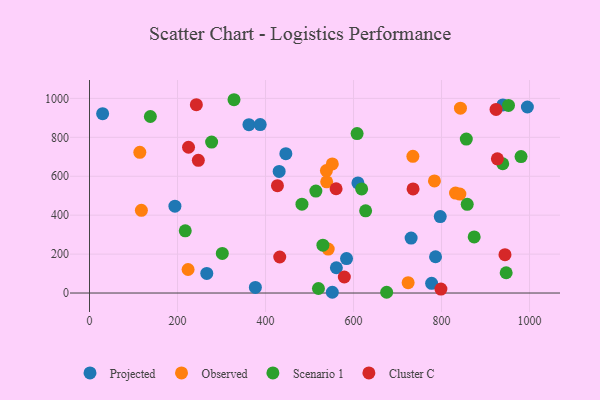
{"axis": {"x": "Speed", "y": "Demand"}, "legend": ["Cluster C", "Observed", "Projected", "Scenario 1"], "data": [{"x": "29.8", "y": 921.7, "type": "Projected"}, {"x": "786.4", "y": 186.5, "type": "Projected"}, {"x": "730.9", "y": 282.3, "type": "Projected"}, {"x": "376.9", "y": 28.8, "type": "Projected"}, {"x": "362.3", "y": 865.2, "type": "Projected"}, {"x": "939.4", "y": 966.5, "type": "Projected"}, {"x": "561.0", "y": 130.0, "type": "Projected"}, {"x": "584.1", "y": 177.0, "type": "Projected"}, {"x": "387.9", "y": 865.4, "type": "Projected"}, {"x": "446.2", "y": 715.9, "type": "Projected"}, {"x": "610.0", "y": 565.9, "type": "Projected"}, {"x": "194.1", "y": 446.5, "type": "Projected"}, {"x": "266.5", "y": 100.5, "type": "Projected"}, {"x": "797.1", "y": 392.6, "type": "Projected"}, {"x": "995.1", "y": 955.8, "type": "Projected"}, {"x": "431.0", "y": 624.9, "type": "Projected"}, {"x": "551.8", "y": 3.9, "type": "Projected"}, {"x": "777.5", "y": 50.1, "type": "Projected"}, {"x": "831.8", "y": 513.7, "type": "Observed"}, {"x": "539.0", "y": 571.3, "type": "Observed"}, {"x": "783.9", "y": 576.0, "type": "Observed"}, {"x": "734.9", "y": 702.5, "type": "Observed"}, {"x": "841.7", "y": 508.4, "type": "Observed"}, {"x": "538.4", "y": 629.0, "type": "Observed"}, {"x": "724.1", "y": 53.3, "type": "Observed"}, {"x": "117.9", "y": 424.7, "type": "Observed"}, {"x": "551.8", "y": 663.4, "type": "Observed"}, {"x": "843.0", "y": 949.9, "type": "Observed"}, {"x": "224.0", "y": 121.0, "type": "Observed"}, {"x": "542.5", "y": 226.1, "type": "Observed"}, {"x": "114.3", "y": 722.8, "type": "Observed"}, {"x": "675.3", "y": 4.0, "type": "Scenario 1"}, {"x": "858.4", "y": 455.6, "type": "Scenario 1"}, {"x": "608.1", "y": 819.2, "type": "Scenario 1"}, {"x": "946.9", "y": 104.2, "type": "Scenario 1"}, {"x": "530.4", "y": 245.8, "type": "Scenario 1"}, {"x": "520.3", "y": 23.4, "type": "Scenario 1"}, {"x": "301.8", "y": 203.7, "type": "Scenario 1"}, {"x": "952.2", "y": 963.7, "type": "Scenario 1"}, {"x": "939.1", "y": 664.3, "type": "Scenario 1"}, {"x": "980.7", "y": 701.2, "type": "Scenario 1"}, {"x": "217.6", "y": 319.6, "type": "Scenario 1"}, {"x": "856.3", "y": 791.0, "type": "Scenario 1"}, {"x": "874.2", "y": 288.1, "type": "Scenario 1"}, {"x": "618.5", "y": 534.9, "type": "Scenario 1"}, {"x": "277.5", "y": 775.7, "type": "Scenario 1"}, {"x": "138.3", "y": 907.1, "type": "Scenario 1"}, {"x": "627.5", "y": 422.5, "type": "Scenario 1"}, {"x": "482.8", "y": 456.4, "type": "Scenario 1"}, {"x": "514.4", "y": 524.0, "type": "Scenario 1"}, {"x": "328.4", "y": 993.2, "type": "Scenario 1"}, {"x": "735.3", "y": 534.8, "type": "Cluster C"}, {"x": "427.1", "y": 551.4, "type": "Cluster C"}, {"x": "798.6", "y": 20.4, "type": "Cluster C"}, {"x": "225.0", "y": 748.9, "type": "Cluster C"}, {"x": "247.3", "y": 682.1, "type": "Cluster C"}, {"x": "242.8", "y": 967.8, "type": "Cluster C"}, {"x": "944.2", "y": 197.0, "type": "Cluster C"}, {"x": "923.9", "y": 943.4, "type": "Cluster C"}, {"x": "432.3", "y": 185.2, "type": "Cluster C"}, {"x": "560.4", "y": 535.8, "type": "Cluster C"}, {"x": "926.9", "y": 689.3, "type": "Cluster C"}, {"x": "579.1", "y": 82.5, "type": "Cluster C"}]}